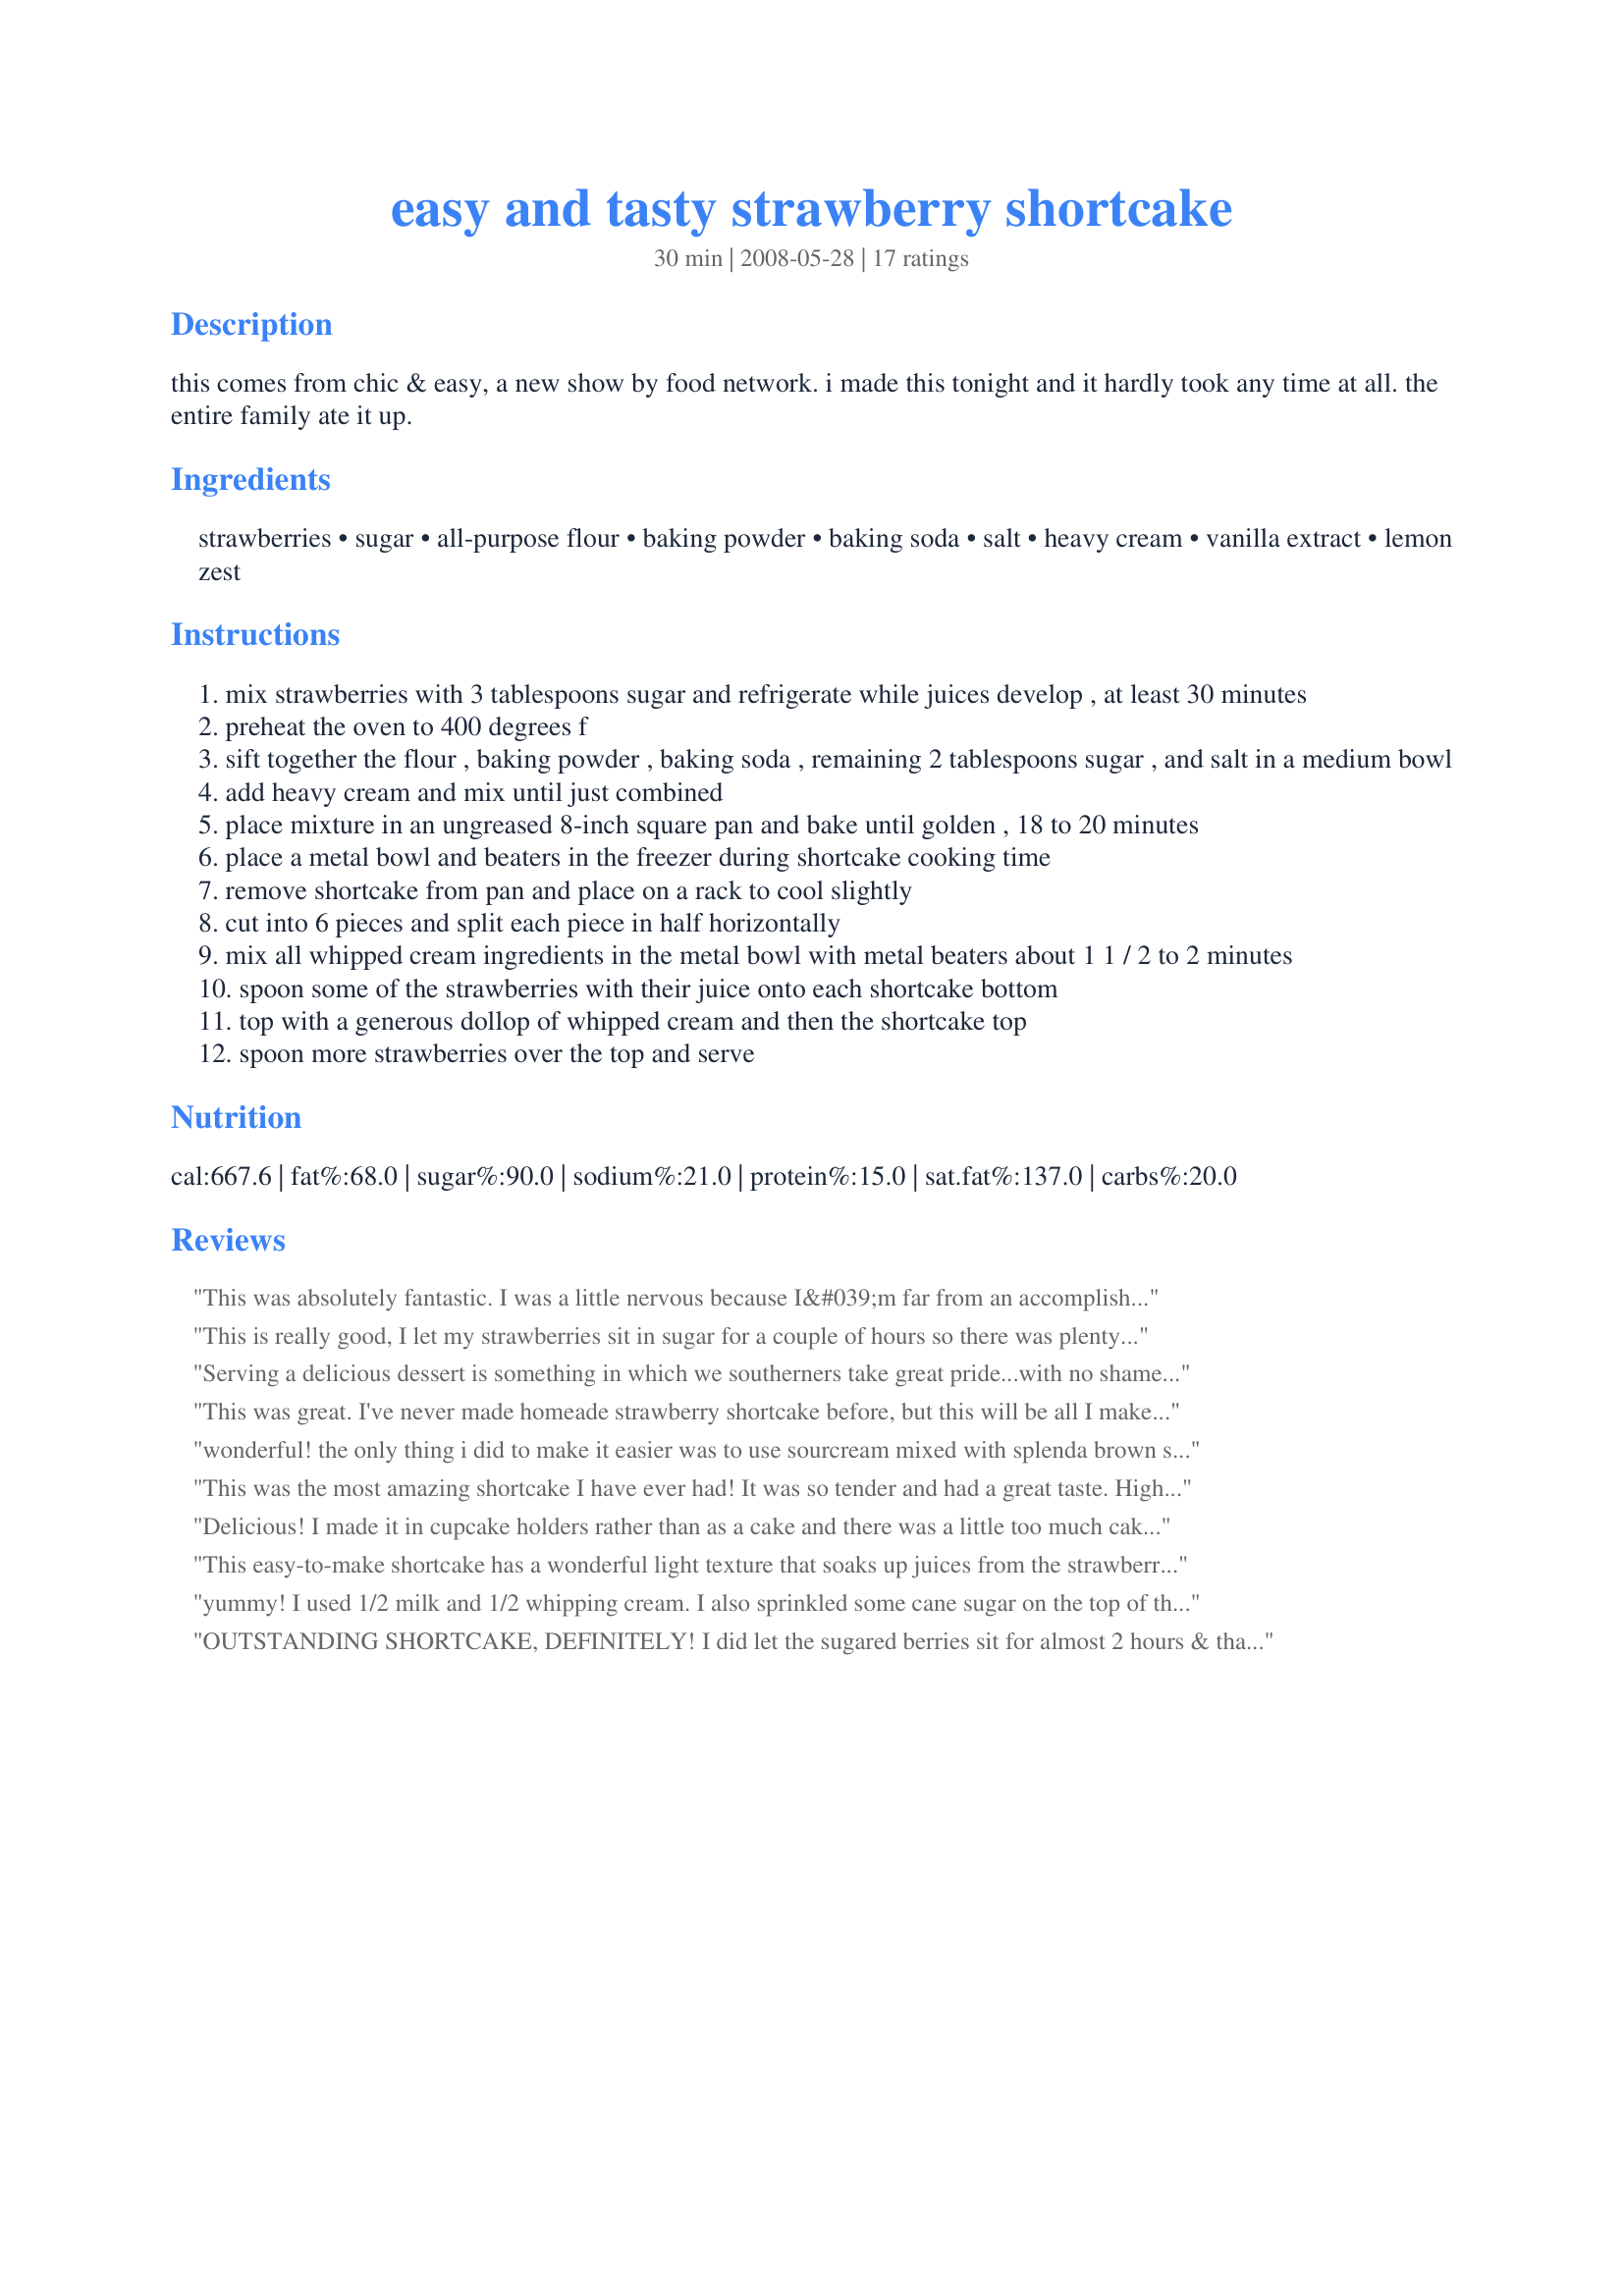
easy and tasty strawberry shortcake
Preparation time: 30 minutes

this comes from chic & easy, a new show by food network. i made this tonight and it hardly took any time at all. the entire family ate it up.

Ingredients:
strawberries, sugar, all-purpose flour, baking powder, baking soda, salt, heavy cream, vanilla extract, lemon zest

Steps:
mix strawberries with 3 tablespoons sugar and refrigerate while juices develop , at least 30 minutes
preheat the oven to 400 degrees f
sift together the flour , baking powder , baking soda , remaining 2 tablespoons sugar , and salt in a medium bowl
add heavy cream and mix until just combined
place mixture in an ungreased 8-inch square pan and bake until golden , 18 to 20 minutes
place a metal bowl and beaters in the freezer during shortcake cooking time
remove shortcake from pan and place on a rack to cool slightly
cut into 6 pieces and split each piece in half horizontally
mix all whipped cream ingredients in the metal bowl with metal beaters about 1 1 / 2 to 2 minutes
spoon some of the strawberries with their juice onto each shortcake bottom
top with a generous dollop of whipped cream and then the shortcake top
spoon more strawberries over the top and serve

Reviews:
This was absolutely fantastic. I was a little nervous because I&#039;m far from an accomplished baker but the shortcake was delightfully tender and rich. One suggestion for us neophytes would be a description of how the dough should appear. I really thought it might be too dry since it was flaky but I trusted and it turned out beautifully :).
This is really good, I let my strawberries sit in sugar for a couple of hours so there was plenty of juice. IMO you need it because the shortcake isn't sweet and needs that juice to sweeten it up a bit. This is way better than the lame round sponge cups that they sell in the store for strawberry shortcake.
Serving a delicious dessert is something in which we southerners take great pride...with no shame of glory hoggin'. Made for Sweet Traditions Tag.
This was great. I've never made homeade strawberry shortcake before, but this will be all I make from now on. So super easy and delicious. I added more sugar to my strawberries (DH likes them really sweet and juicy). Everything else, I followed exactly. My whipped cream didn't get as thick as what we like it and I whipped it for over 2 minutes, trying to get the right consistency. I've never made homeade whipped cream so this could have very well been my fault. I also forgot to spray my pan before putting the cake batter in it and it stuck and then fell apart when I dumped it out. Again, my fault and not the recipes. I will be making this again and again and can't wait until I perfect it. Thanks so much for sharing. Made for PRMR- June 2010
wonderful! the only thing i did to make it easier was to use sourcream mixed with splenda brown sugar blend instead of whipping cream :)
This was the most amazing shortcake I have ever had! It was so tender and had a great taste. Highly recommend. Make sure you don't overmix.
Delicious! I made it in cupcake holders rather than as a cake and there was a little too much cake as a result but otherwise it was great.
This easy-to-make shortcake has a wonderful light texture that soaks up juices from the strawberries nicely. We layered it as in 2Bleu's photo and topped with whipped cream. I used 1 cup cream and 1/2 cup milk to save enough cream for whipping. Next time, I'll try the suggested lemon zest in the whipped cream. Thanks for sharing such a fast, delicious recipe!
yummy! I used 1/2 milk and 1/2 whipping cream. I also sprinkled some cane sugar on the top of the biscuits and baked at 350.
OUTSTANDING SHORTCAKE, DEFINITELY! I did let the sugared berries sit for almost 2 hours & that worked out just fine for us! This dessert is sooo easy to put together, & sooo easy to devour, too! This is certainly a keeper of a recipe, for sure ~ Thanks for sharing it! [Tagged, made & reviewed in Please Review My Recipe]
Delicious, delicious, delicious. This biscuit was perfect crispy on the outside and tender on the inside, with an amazing butter flavor. The biscuit sopped up the strawberry juice perfectly, while still holding its shape and never got mushy. We love strawberry shortcake and this one is a winner in our books. My dh was in heaven. Thanks for sharing this new family favorite invictus.
In the UK Shortbread is different to the US version. Recipe:- 125g butter. 55g caster sugar (plus extra to finish) 180gplain flour (all-purpose) Heat oven 190c/375f. Beat butterabd sugar together until smooth. Stir in flourto get a smooth paste. Turn on to a floured work surfice and gently roll untill half an inch thick Cut out rounds, fingers whatever cutter shape you desire and place on a baking tray. Sprinkle with caster sugar and chillin thefridge for 20 minutes. Bake in the ovenfor 15-20 minutes or until pale golden brown. Wait 10 minutes then cool on a wire rack.
We picked strawberries yesterday and I was looking for the foil for those perfect berries. Delicious. I loved these shortcakes- just the right texture without being too "biscuity". I made 6 nice sized ones. They don't keep especially well- all the more reason to eat them all at once!
The heavy cream is enough fat for anyone
Ah, what a wonderful old fashioned recipe. It's nice to make homemade. So much tastier than those 'instant' recipes. The shortcake is dense and not overly sweet. We really enjoyed this dessert, thanks for sharing. :)
I was disappointed on my first attempt to bake this because I don&#039;t have heavy cream, instead, I used plain yogurt and low fat milk. I have to try it again using heavy cream. I was wondering why the recipe did not call for greased pan?
REAL strawberry shortcake!!!! This is fabulous!!! I haven't had real strawberry shortcake since my grandma made it when I was a kid. This cake bakes up moist and dense, perfect! I halved this recipe so I used a 6X9 baking dish and it still turned out great!!!! Used whole wheat pastry flour. Love this recipe, thanks so much for posting!!!!
